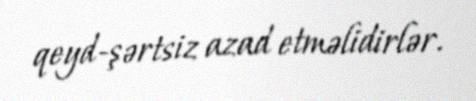
qeyd-şərtsiz azad etməlidirlər.